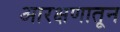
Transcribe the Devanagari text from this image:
आरक्षणातून